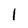
Character: l